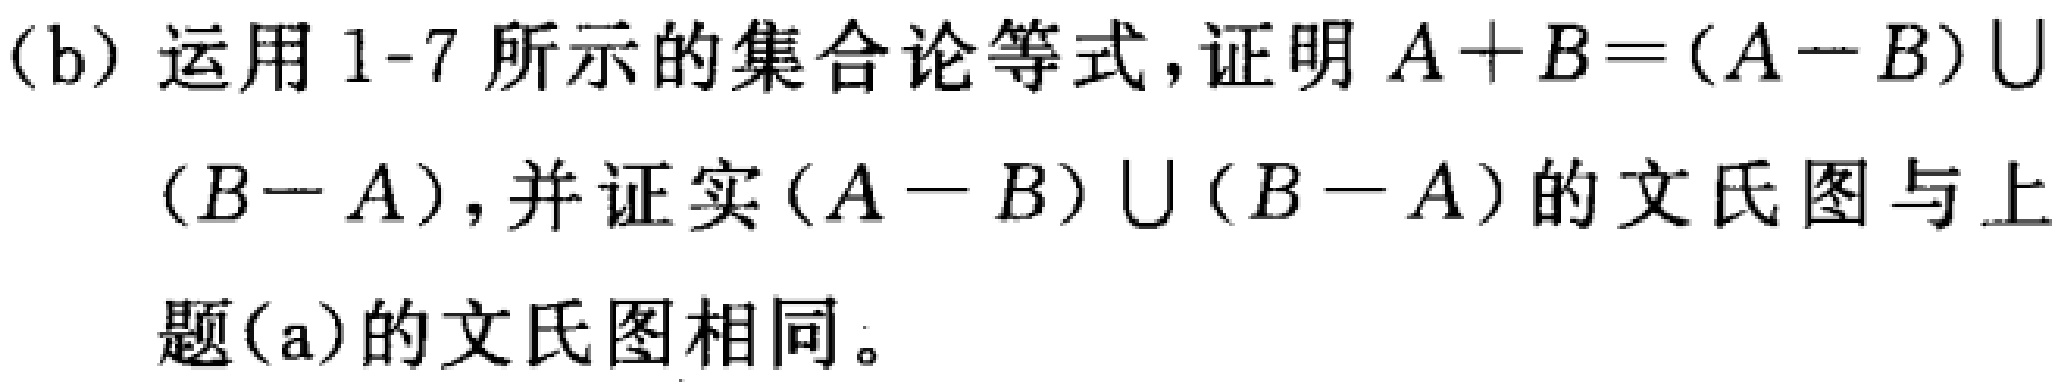
(b) 运用1-7所示的集合论等式,证明 \(A + B=(A - B)\cup(B - A)\),并证实 \((A - B)\cup(B - A)\) 的文氏图与上题(a)的文氏图相同。